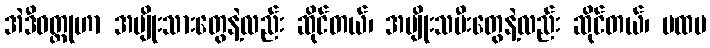
အဲဒီဝတ္ထုဟာ အမျိုးသားတွေနဲ့လည်း ဆိုင်တယ်၊ အမျိုးသမီးတွေနဲ့လည်း ဆိုင်တယ်၊ ပထမ